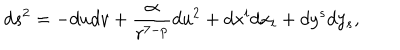
LaTeX: d s ^ { 2 } = - d u d v + \frac { \alpha } { r ^ { 7 - p } } d u ^ { 2 } + d x ^ { i } d x _ { i } + d y ^ { s } d y _ { s } ,